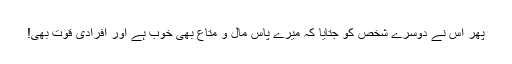
پھر اس نے دوسرے شخص کو جتایا کہ میرے پاس مال و متاع بھی خوب ہے اور افرادی قوت بھی!